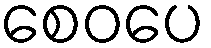
စေဝပေ